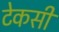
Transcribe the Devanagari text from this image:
टेकसी